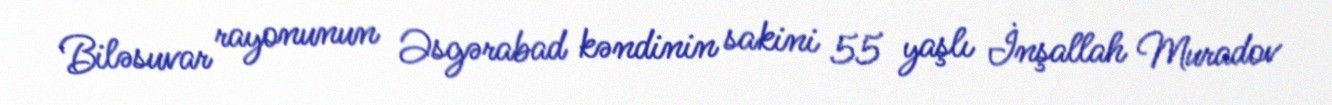
Biləsuvar rayonunun Əsgərabad kəndinin sakini 55 yaşlı İnşallah Muradov